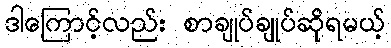
ဒါကြောင့်လည်း စာချုပ်ချုပ်ဆိုရမယ့်